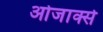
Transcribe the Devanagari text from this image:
ओजार्क्स